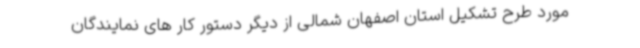
مورد طرح تشکیل استان اصفهان شمالی از دیگر دستور کار های نمایندگان